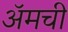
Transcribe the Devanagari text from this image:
ॲमची